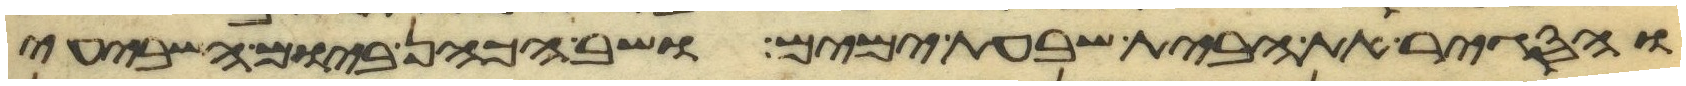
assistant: והסגיר את הבית שבעת ימים ושב הכהן ביום השביעי